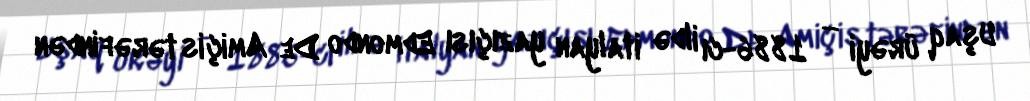
Uşaq ürəyi — 1886-cı ildə italyan yazıçısı Edmondo De Amiçis tərəfindən